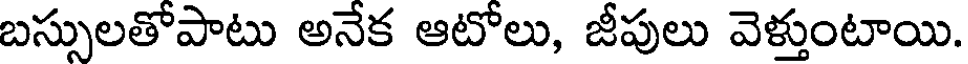
బస్సులతోపాటు అనేక ఆటోలు, జీపులు వెళ్తుంటాయి.